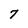
Character: 7